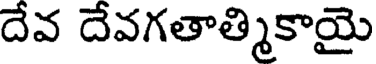
దేవ దేవగతాత్మికాయై